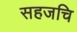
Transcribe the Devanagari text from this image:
सहजचि